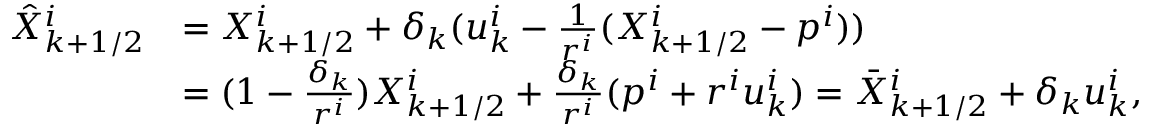
\begin{array} { r l } { \hat { X } _ { k + 1 / 2 } ^ { i } } & { = X _ { k + 1 / 2 } ^ { i } + \delta _ { k } ( u _ { k } ^ { i } - \frac { 1 } { r ^ { i } } ( X _ { k + 1 / 2 } ^ { i } - p ^ { i } ) ) } \\ & { = ( 1 - \frac { \delta _ { k } } { r ^ { i } } ) X _ { k + 1 / 2 } ^ { i } + \frac { \delta _ { k } } { r ^ { i } } ( p ^ { i } + r ^ { i } u _ { k } ^ { i } ) = \bar { X } _ { k + 1 / 2 } ^ { i } + \delta _ { k } u _ { k } ^ { i } , } \end{array}